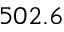
5 0 2 . 6